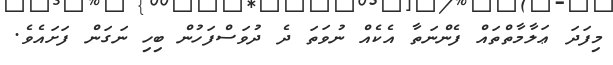
މިފަދަ ޢަލާމާތްތައް ފެންނަތާ އެކެއް ނުވަތަ ދެ ދުވަސްފަހުން ބިހި ނަގަން ފަށައެވެ.